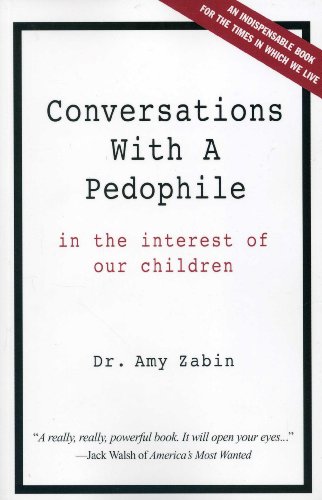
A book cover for Conversations With A Pedophile: In the Interest of Our Children; Amy Hammel-Zabin; Politics & Social Sciences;